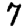
Digit: 7